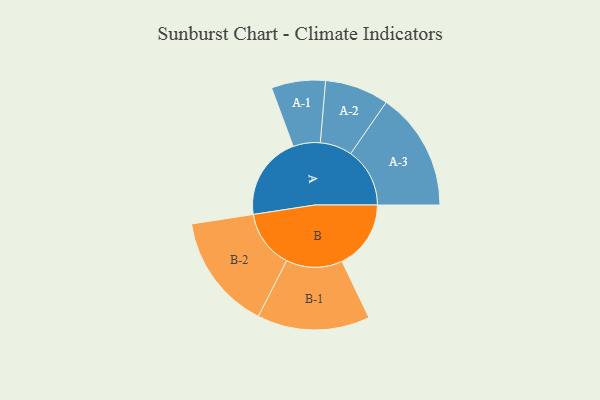
{"axis": {"x": "Segment", "y": "Value"}, "legend": ["", "A", "B"], "data": [{"x": "A", "y": 404, "type": ""}, {"x": "B", "y": 332, "type": ""}, {"x": "A-1", "y": 130, "type": "A"}, {"x": "A-2", "y": 154, "type": "A"}, {"x": "A-3", "y": 285, "type": "A"}, {"x": "B-1", "y": 271, "type": "B"}, {"x": "B-2", "y": 280, "type": "B"}]}